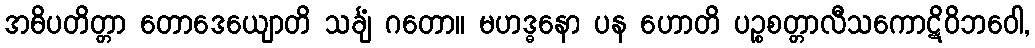
အဓိပတိတ္တာ တောဒေယျောတိ သင်္ချံ ဂတော။ မဟဒ္ဓနော ပန ဟောတိ ပဉ္စစတ္တာလီသကောဋိဝိဘဝေါ,